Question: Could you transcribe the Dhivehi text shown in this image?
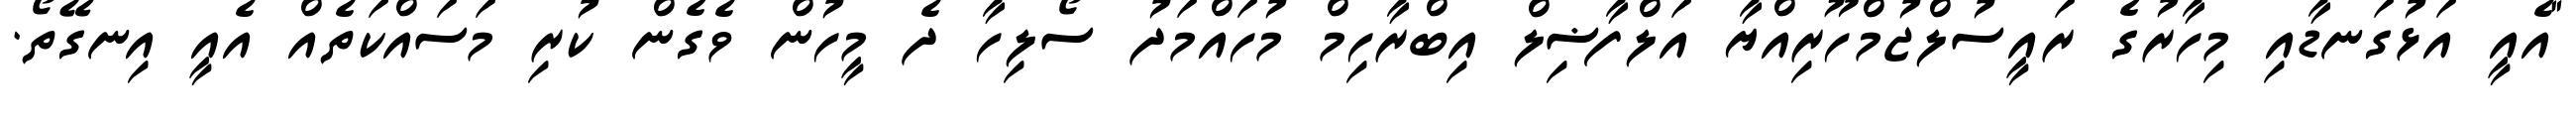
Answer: "އެއީ އަޅުގަނޑާއި މިހާރުގެ ރައީސުލްޖުމްހޫރިއްޔާ އަލްފާޟިލް އިބްރާހިމް މުހައްމަދު ސޯލިހާ ދެ މީހުން ވެގެން ކުރި މަސައްކަތެއް އެއީ އިނގޭތޯ.